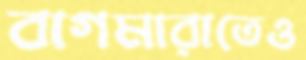
বাগমারাতেও